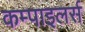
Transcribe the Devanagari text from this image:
कम्पाइलर्स